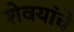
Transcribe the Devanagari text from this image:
शेवयांचे